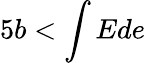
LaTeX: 5b<\int Ede